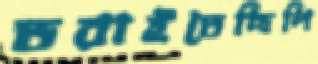
ডরাইতেছিলি